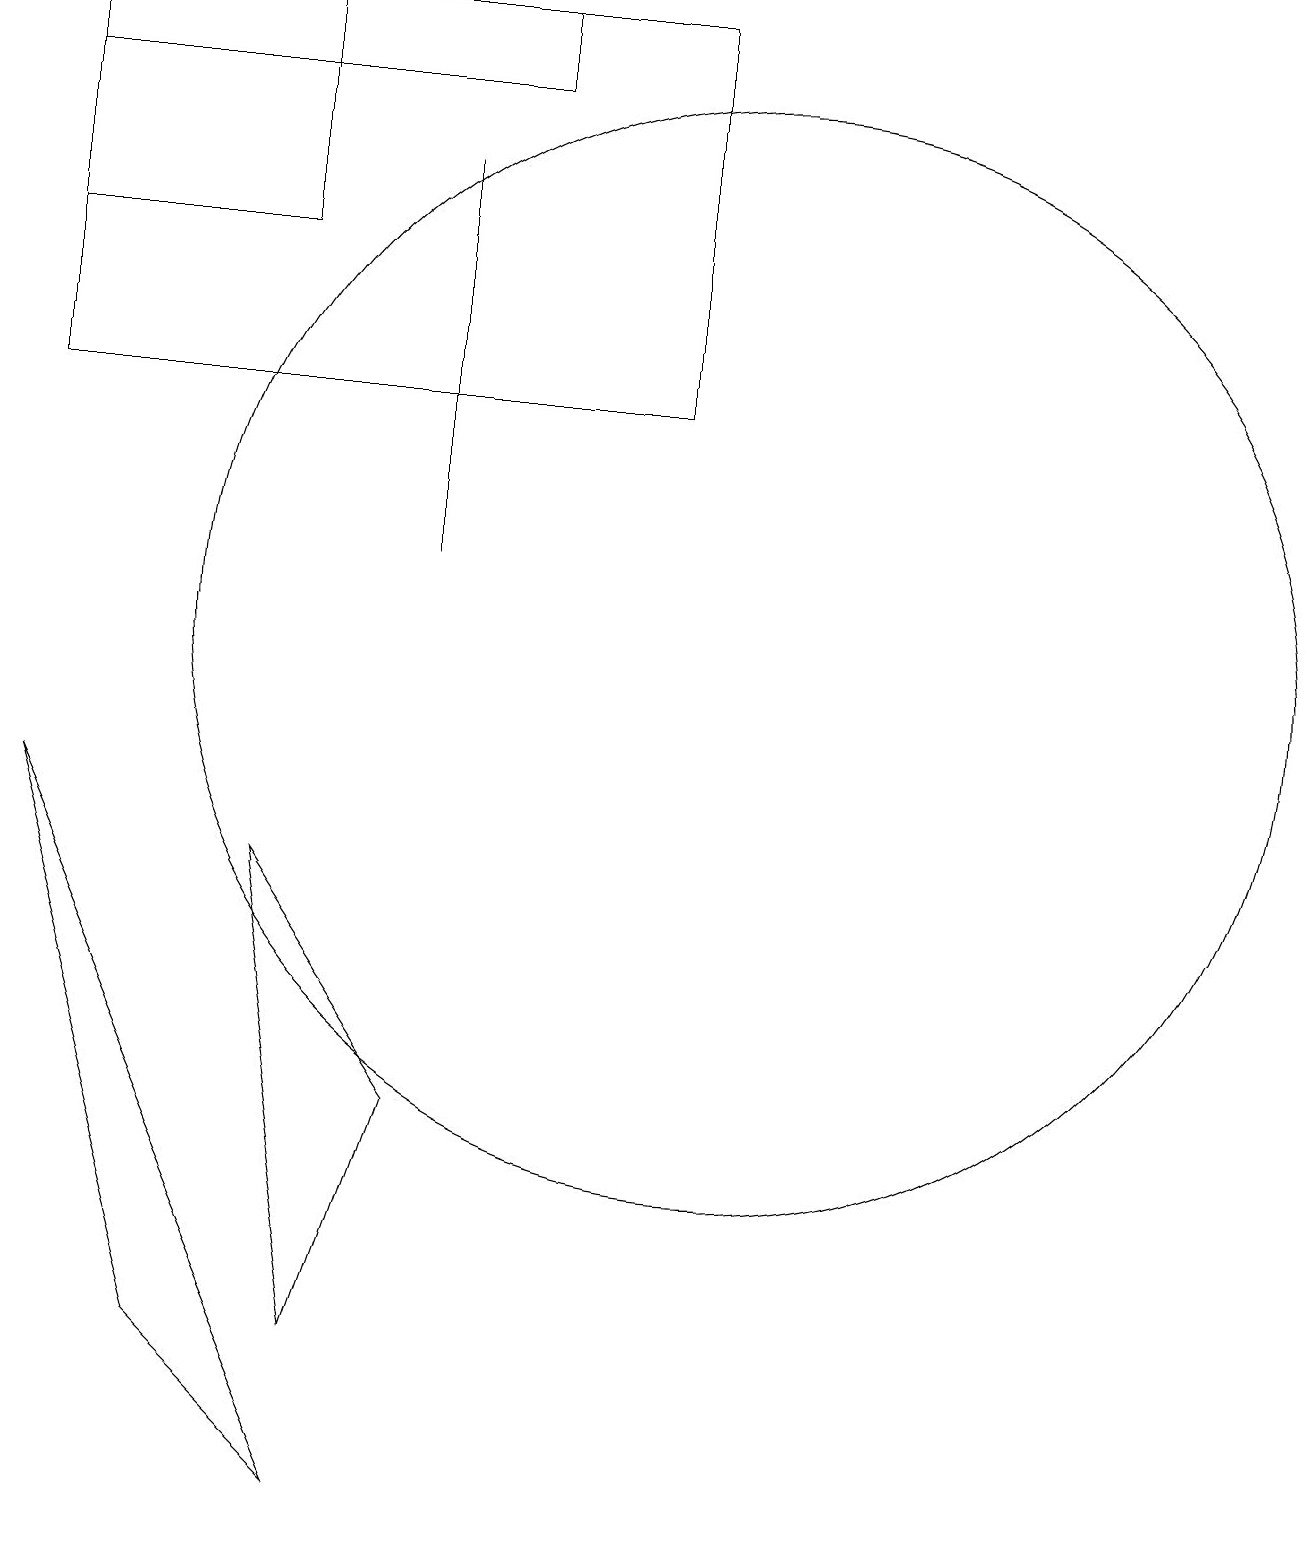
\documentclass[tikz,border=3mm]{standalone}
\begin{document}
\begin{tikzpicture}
\draw (1,18) rectangle (4,16);
\draw (5,0) -- (1,9) -- (3,2) -- cycle;
\draw (1,14) rectangle (9,19);
\draw (7,14) rectangle (7,14);
\draw (4,8) -- (5,2) -- (6,5) -- cycle;
\draw (6,17) rectangle (6,12);
\draw (10,11) circle (7);
\draw (4,19) rectangle (7,18);
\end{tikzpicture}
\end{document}